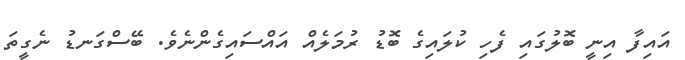
އައިފާ އިނީ ބޮލުގައި ފެހި ކުލައިގެ ބޮޑު ރުމަލެއް އައްސައިގެންނެވެ. ބޭސްގަނޑު ނެގީތަ